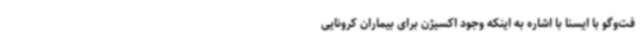
فت‌وگو با ایسنا با اشاره به اینکه وجود اکسیژن برای بیماران کرونایی